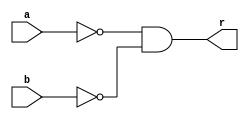
module or_gate(r,a,b);
output r;
input a,b;
wire c,d,e;
nand nand_1(c,a,a);
nand nand_2(d,b,b);
nand nand_3(e,c,d);
nand nand_4(r,e,e);
endmodule